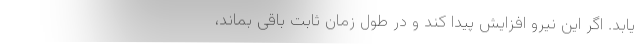
یابد. اگر این نیرو افزایش پیدا کند و در طول زمان ثابت باقی بماند،